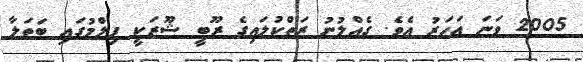
2005 ވަނަ އަހަރު އެވެ. ގެއްލުނު ރަތްކުލައިގެ ރޫބީ ޝޫޒަކީ ފިލްމުގައި ބަތަލާ